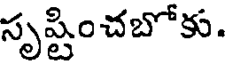
సృష్టించబోకు.